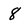
Character: 8